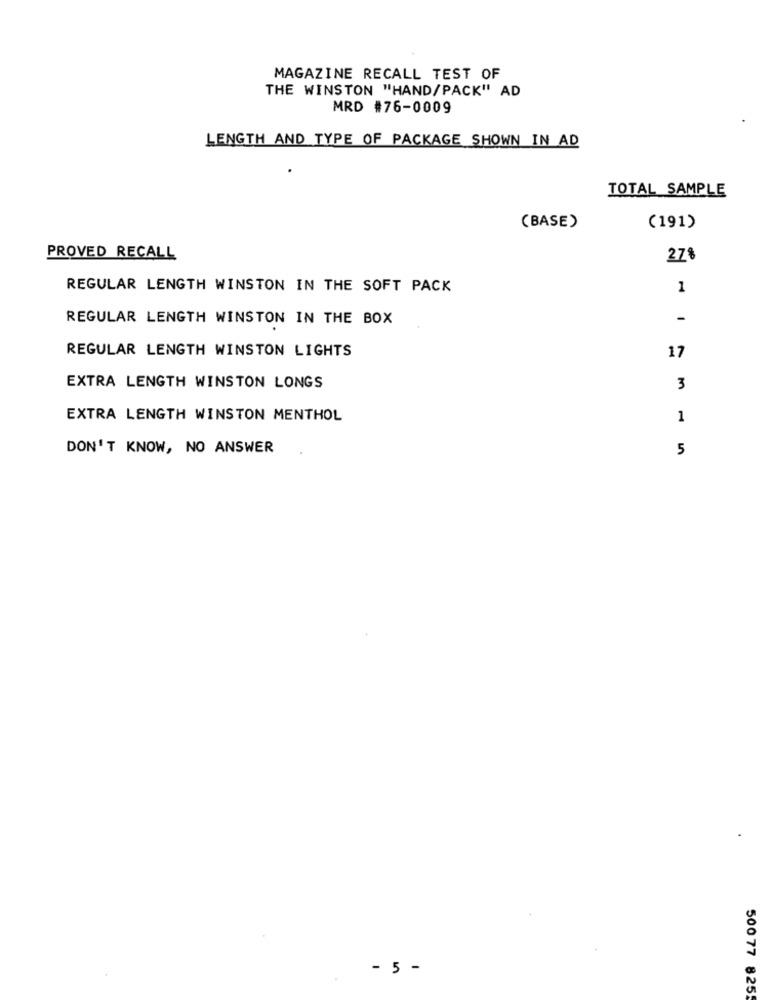
MAGAZINE RECALL TEST OF
THE WINSTON "HAND/PACK" AD
MRD #76-0009
LENGTH AND TYPE OF PACKAGE SHOWN IN AD
TOTAL SAMPLE
(BASE)
(191)
PROVED RECALL
27%
REGULAR LENGTH WINSTON IN THE SOFT PACK
1
REGULAR LENGTH WINSTON IN THE BOX
-
REGULAR LENGTH WINSTON LIGHTS
17
EXTRA LENGTH WINSTON LONGS
3
EXTRA LENGTH WINSTON MENTHOL
1
DON'T KNOW, NO ANSWER
5
- 5 -
500 77 8255